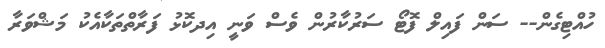
ހުއްޓިގެން-- ސަން ފައިލް ފޮޓޯ ސަރުކާރުން ވެސް ވަނީ އިދކޮޅު ފަރާތްތަކާއެކު މަޝްވަރާ